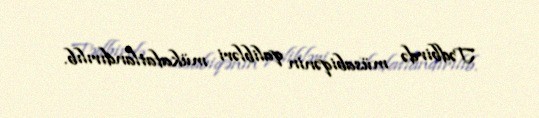
Tədbirdə müsabiqənin qalibləri mükafatlandırılıb.